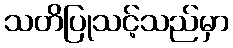
သတိပြုသင့်သည်မှာ